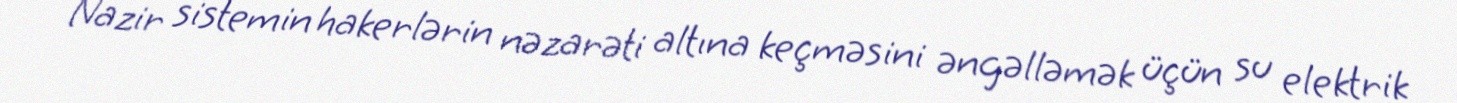
Nazir sistemin hakerlərin nəzarəti altına keçməsini əngəlləmək üçün su elektrik